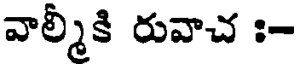
వాల్మీకి రువాచ :-